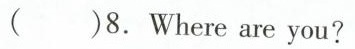
（ ）)8. Where are you?